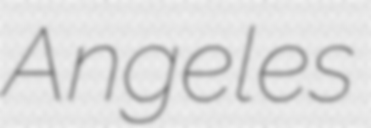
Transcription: Angeles